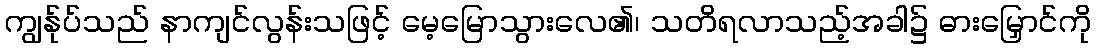
ကျွန်ုပ်သည် နာကျင်လွန်းသဖြင့် မေ့မြောသွားလေ၏၊ သတိရလာသည့်အခါ၌ ဓားမြှောင်ကို